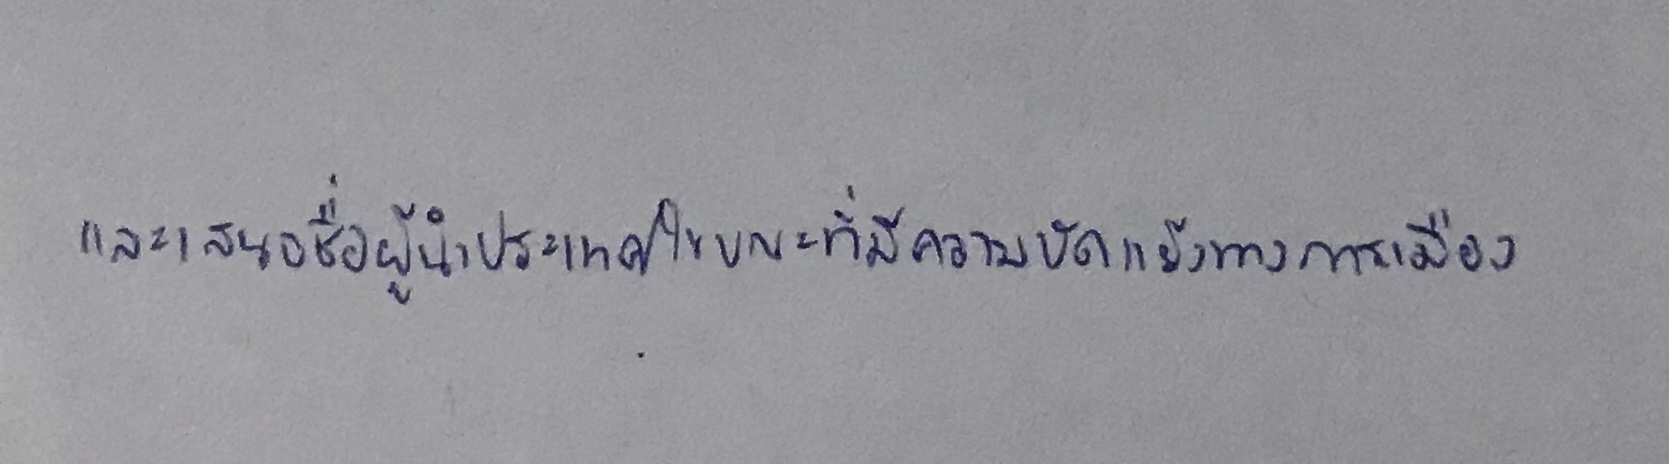
และเสนอชื่อผู้นำประเทศในขณะที่มีความขัดแย้งทางการเมือง